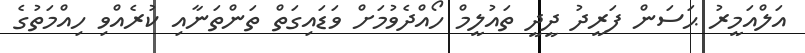
އަލްއަމީރު ޙަސަން ފަރީދު ދީދީ ތައުލީމް ހޯއްދެވުމަށް ވަޑައިގަތް ތަންތަނާއި ކުރެއްވި ހިއްމަތުގެ